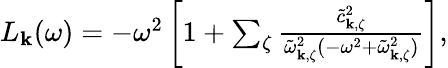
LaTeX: \begin{array}{r}{L_{\mathbf{k}}(\omega)=-\omega^{2}\left[1+\sum_{\zeta}\frac{\tilde{c}_{\mathbf{k},\zeta}^{2}}{\tilde{\omega}_{\mathbf{k},\zeta}^{2}(-\omega^{2}+\tilde{\omega}_{\mathbf{k},\zeta}^{2})}\right],}\end{array}